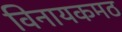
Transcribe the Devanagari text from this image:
विनायकमठ